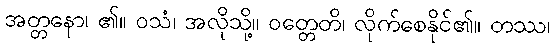
အတ္တနော၊ ၏။ ဝသံ၊ အလိုသို့။ ဝတ္တေတိ၊ လိုက်စေနိုင်၏။ တဿ၊